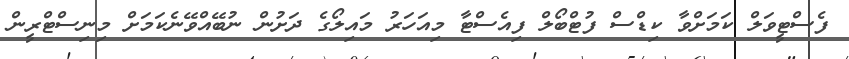
ފެސްޓީވަލް ކަމަށްވާ ކިޑްސް ފުޓްބޯލް ފިއެސްޓާ މިއަހަރު މައިލޯގެ ދަށުން ނުބޭއްވޭނެކަމަށް މިނިސްޓްރީން